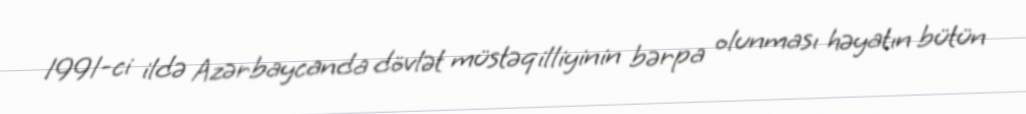
1991-ci ildə Azərbaycanda dövlət müstəqilliyinin bərpa olunması həyatın bütün